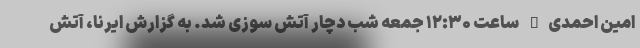
امین احمدی" ساعت ۱۲:۳۰ جمعه شب دچار آتش سوزی شد. به گزارش ایرنا، آتش